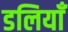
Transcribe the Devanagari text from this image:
डलियाँ